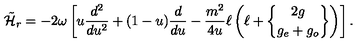
\tilde { \cal H } _ { r } = - 2 \omega \left[ u { \frac { d ^ { 2 } } { d u ^ { 2 } } } + ( 1 - u ) { \frac { d } { d u } } - { \frac { m ^ { 2 } } { 4 u } } \ell \left( \ell + { 2 g \brace g _ { e } + g _ { o } } \right) \right] .